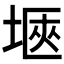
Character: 𭎻